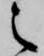
之